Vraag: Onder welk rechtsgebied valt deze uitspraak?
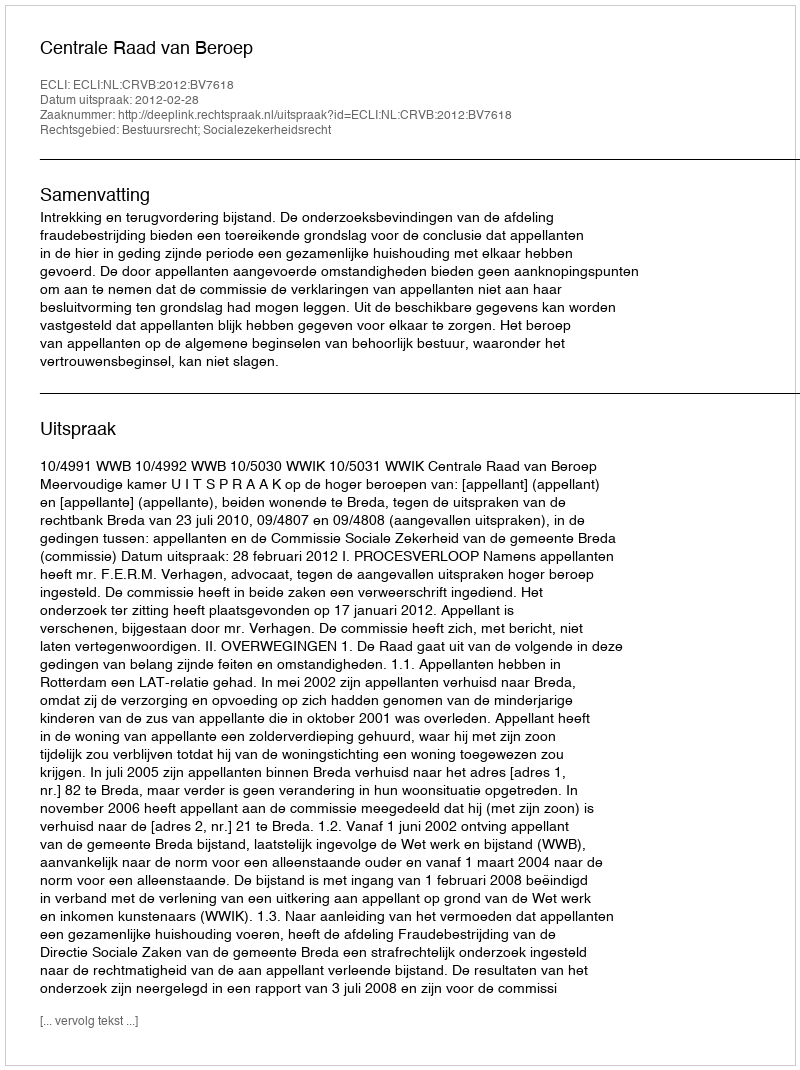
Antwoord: Bestuursrecht; Socialezekerheidsrecht